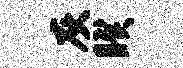
灰睽